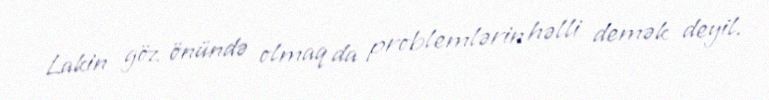
Lakin göz önündə olmaq da problemlərin həlli demək deyil.